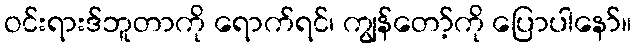
ဝင်းရားဒ်ဘူတာကို ရောက်ရင်၊ ကျွန်တော့်ကို ပြောပါနော်။